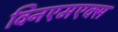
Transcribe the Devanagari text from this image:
विनएमएक्स